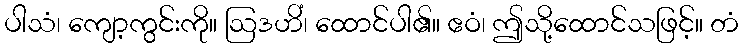
ပါသံ၊ ကျော့ကွင်းကို။ ဩဒဟိံ၊ ထောင်ပါ၏။ ဧဝံ၊ ဤသို့ထောင်သဖြင့်။ တံ